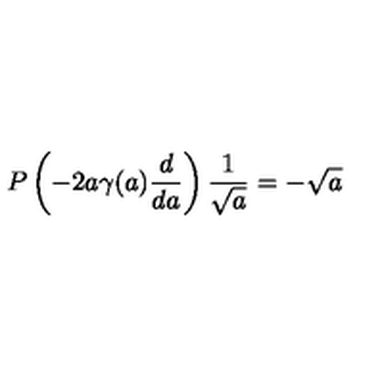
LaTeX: P \left( - 2 a \gamma ( a ) { \frac { d } { d a } } \right) { \frac { 1 } { \sqrt { a } } } = - \sqrt { a }